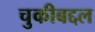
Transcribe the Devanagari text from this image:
चुकीबद्दल